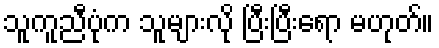
သူကူညီပုံက သူများလို ပြီးပြီးရော မဟုတ်။